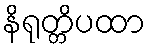
နိရုတ္တိပထာ